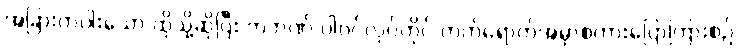
အခြားတပါးသော ထိုသို့ဆိုပြီး ကဘဏ် ပါဝင်လုပ်ကိုင် တက်ရောက်အမှာစကားပြောကြားစဉ်